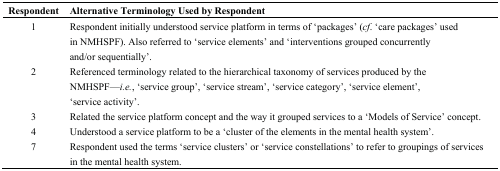
| Respondent | Alternative Terminology Used by Respondent |
 | --- | --- |
 | 1 | Respondent initially understood service platform in terms of ‘packages’ (cf. ‘care packages’ used in NMHSPF). Also referred to ‘service elements’ and ‘interventions grouped concurrently and/or sequentially’. |
 | 2 | Referenced terminology related to the hierarchical taxonomy of services produced by the NMHSPF—i.e., ‘service group’, ‘service stream’, ‘service category’, ‘service element’, ‘service activity’. |
 | 3 | Related the service platform concept and the way it grouped services to a ‘Models of Service’ concept. |
 | 4 | Understood a service platform to be a ‘cluster of the elements in the mental health system’. |
 | 7 | Respondent used the terms ‘service clusters’ or ‘service constellations’ to refer to groupings of services in the mental health system. |